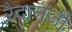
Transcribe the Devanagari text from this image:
रैदासजी